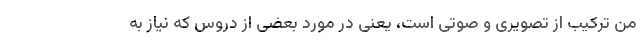
من ترکیب از تصویری و صوتی است، یعنی در مورد بعضی از دروس که نیاز به